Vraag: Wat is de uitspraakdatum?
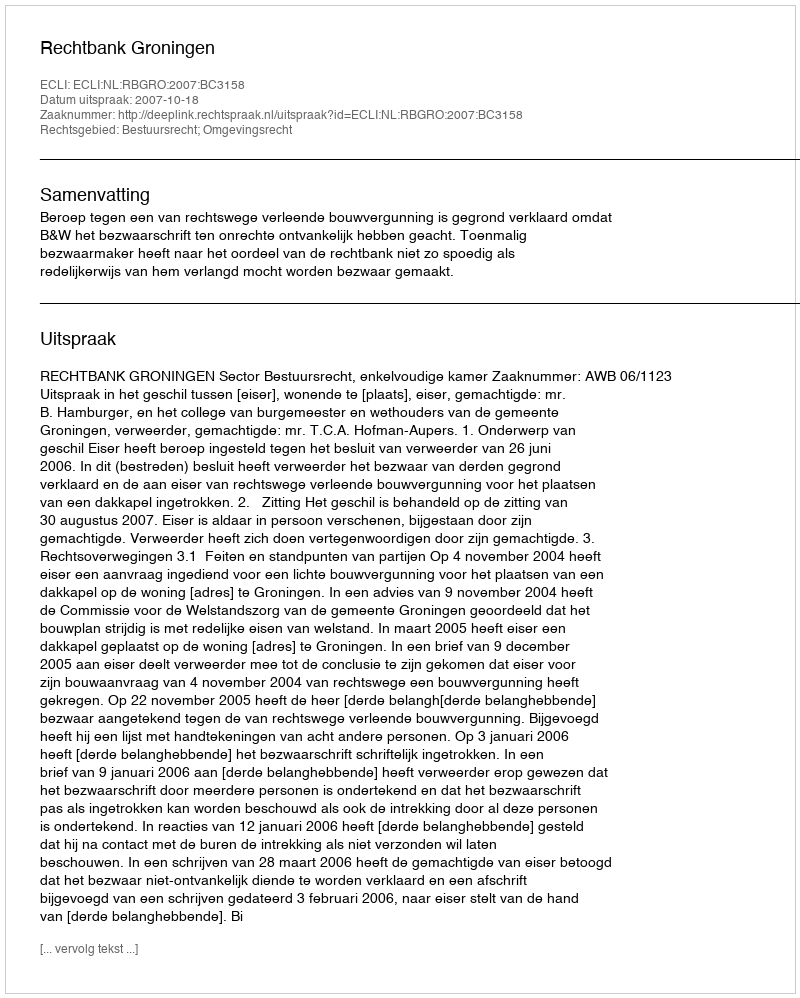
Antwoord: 2007-10-18